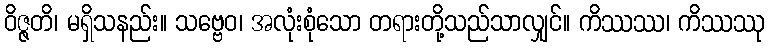
ဝိဇ္ဇတိ၊ မရှိသနည်း။ သဗ္ဗေဝ၊ အလုံးစုံသော တရားတို့သည်သာလျှင်။ ကိဿဿ၊ ကိဿဿု